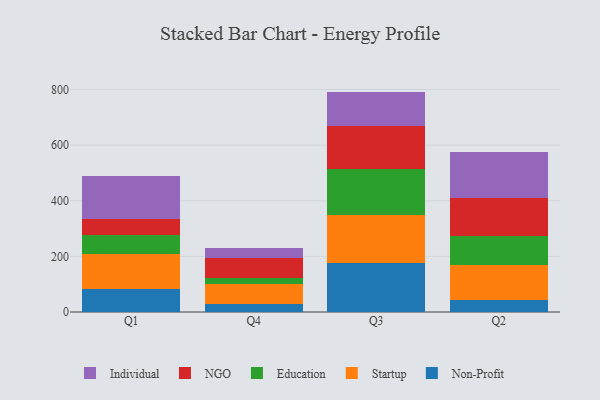
{"axis": {"x": "Quarter", "y": "Humidity (%)"}, "legend": ["Education", "Individual", "NGO", "Non-Profit", "Startup"], "data": [{"x": "Q1", "y": 84.0, "type": "Non-Profit"}, {"x": "Q1", "y": 123.4, "type": "Startup"}, {"x": "Q1", "y": 68.5, "type": "Education"}, {"x": "Q1", "y": 58.5, "type": "NGO"}, {"x": "Q1", "y": 156.3, "type": "Individual"}, {"x": "Q4", "y": 30.3, "type": "Non-Profit"}, {"x": "Q4", "y": 70.4, "type": "Startup"}, {"x": "Q4", "y": 22.2, "type": "Education"}, {"x": "Q4", "y": 71.1, "type": "NGO"}, {"x": "Q4", "y": 36.6, "type": "Individual"}, {"x": "Q3", "y": 177.9, "type": "Non-Profit"}, {"x": "Q3", "y": 170.2, "type": "Startup"}, {"x": "Q3", "y": 166.1, "type": "Education"}, {"x": "Q3", "y": 154.9, "type": "NGO"}, {"x": "Q3", "y": 123.4, "type": "Individual"}, {"x": "Q2", "y": 44.6, "type": "Non-Profit"}, {"x": "Q2", "y": 125.9, "type": "Startup"}, {"x": "Q2", "y": 101.0, "type": "Education"}, {"x": "Q2", "y": 137.9, "type": "NGO"}, {"x": "Q2", "y": 167.5, "type": "Individual"}]}